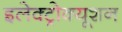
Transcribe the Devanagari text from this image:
इलेक्ट्रोक्यूशन